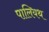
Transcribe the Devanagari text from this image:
पालियथ